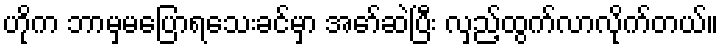
ဟိုက ဘာမှမပြောရသေးခင်မှာ အော်ဆဲပြီး လှည့်ထွက်လာလိုက်တယ်။